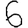
Digit: 6